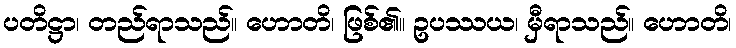
ပတိဋ္ဌာ၊ တည်ရာသည်။ ဟောတိ၊ ဖြစ်၏။ ဥပဿယ၊ မှီရာသည်။ ဟောတိ၊